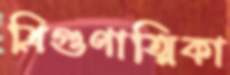
ত্রিগুণাত্মিকা